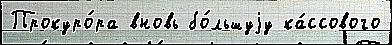
Прокуро́ра вновь бо́льшуjу ка́ссового